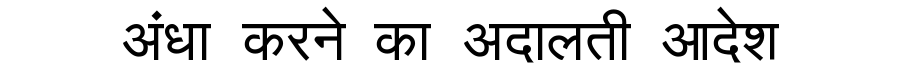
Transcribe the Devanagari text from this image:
अंधा करने का अदालती आदेश